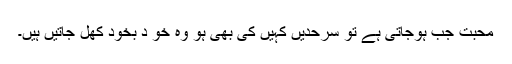
محبت جب ہوجاتی ہے تو سرحدیں کہیں کی بھی ہو وہ خو د بخود کھل جاتیں ہیں۔